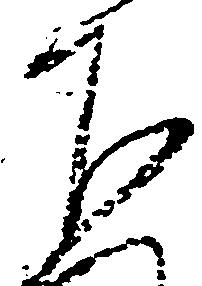
下